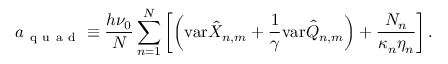
a _ { \mathrm { ~ q ~ u ~ a ~ d ~ } } \equiv \frac { h \nu _ { 0 } } { N } \sum _ { n = 1 } ^ { N } \left[ \left( \mathrm { v a r } \hat { X } _ { n , m } + \frac { 1 } { \gamma } \mathrm { v a r } \hat { Q } _ { n , m } \right) + \frac { { \cal N } _ { n } } { \kappa _ { n } \eta _ { n } } \right] .